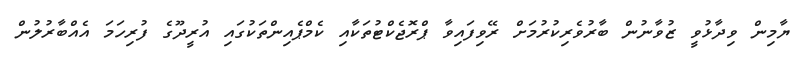
ޔާމިން ވިދާޅުވީ ޒުވާނުން ބާރުވެރިކުރުމަށް ރޭވިފައިވާ ޕްރޮޖެކްޓުތަކާއި ކެމްޕެއިންތަކުގައި އުރީދޫގެ ފުރިހަމަ އެއްބާރުލުން